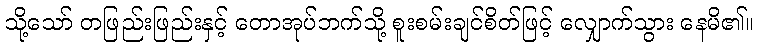
သို့သော် တဖြည်းဖြည်းနှင့် တောအုပ်ဘက်သို့ စူးစမ်းချင်စိတ်ဖြင့် လျှောက်သွား နေမိ၏။